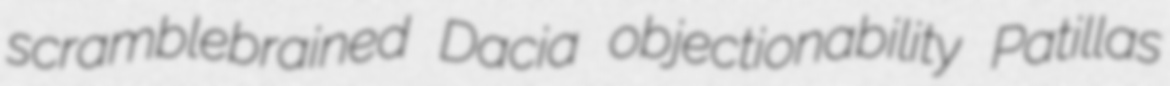
scramblebrained Dacia objectionability Patillas